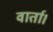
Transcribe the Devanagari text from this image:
वार्ता।